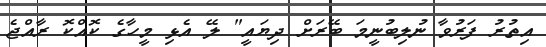
އިތުރު ފަރުވާ ނުލިބުނީމަ ބޭރަށް ދިޔައީ" ލޭ އެޅި މީހާގެ ކޮއްކޮ ރާއްޖެ